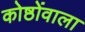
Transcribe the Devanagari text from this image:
कोष्ठोंवाला